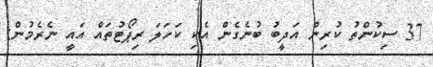
37 ސިކުންތު ކުރިން އަދީބު ބުނެގެން އެކި ކަހަލަ ރިޕޯޓުތައް އައީ ނެރެމުން: